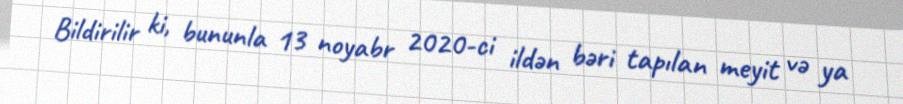
Bildirilir ki, bununla 13 noyabr 2020-ci ildən bəri tapılan meyit və ya